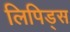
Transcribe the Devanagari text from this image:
लिपिड्स